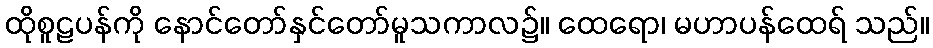
ထိုစူဠပန်ကို နောင်တော်နှင်တော်မူသကာလ၌။ ထေရော၊ မဟာပန်ထေရ် သည်။